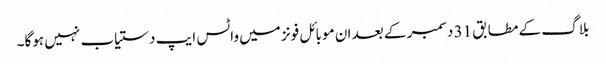
بلاگ کے مطابق 31 دسمبر کے بعد ان موبائل فونز میں واٹس ایپ دستیاب نہیں ہوگا۔